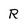
Character: R